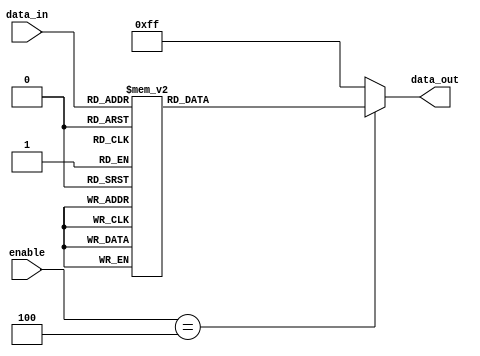
`timescale 1ns / 1ps
module No3(enable, data_in, data_out);
	input[2:0] enable;
	input[2:0] data_in;
	output[7:0] data_out;
	wire [2:0] data_in;
	wire [2:0] enable;
	reg [7:0] data_out;
	always @ (enable or data_in)
	begin
		if (enable == 3'b100)
			case (data_in)
				3'b000: data_out = 8'b11111110;
				3'b001: data_out = 8'b11111101;
				3'b010: data_out = 8'b11111011;
				3'b011: data_out = 8'b11110111;
				3'b100: data_out = 8'b11101111;
				3'b101: data_out = 8'b11011111;
				3'b110: data_out = 8'b10111111;
				3'b111: data_out = 8'b01111111;
				default: data_out = 8'bxxxxxxxx;
			endcase
		else
			data_out=8'b11111111;
	end
endmodule